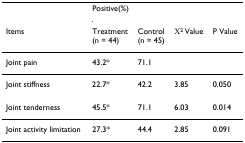
|  | <COLSPAN=2> Positive(%) |  |  |
 | Items | Treatment(n = 44) | Control(n = 45) | Χ2 Value | P Value |
 | --- | --- | --- | --- | --- |
 | Joint pain | 43.2* | 71.1 |  |  |
 | Joint stiffness | 22.7* | 42.2 | 3.85 | 0.050 |
 | Joint tenderness | 45.5* | 71.1 | 6.03 | 0.014 |
 | Joint activity limitation | 27.3* | 44.4 | 2.85 | 0.091 |